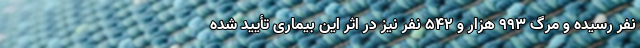
نفر رسیده و مرگ ۹۹۳ هزار و ۵۴۲ نفر نیز در اثر این بیماری تأیید شده